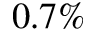
0 . 7 \%